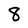
Character: 8